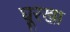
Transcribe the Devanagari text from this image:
घूरखा